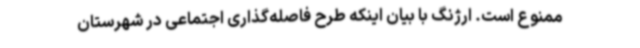
ممنوع است. ارژنگ با بیان اینکه طرح فاصله‌گذاری اجتماعی در شهرستان